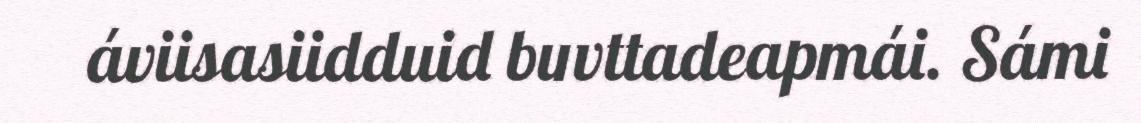
áviisasiidduid buvttadeapmái. Sámi